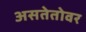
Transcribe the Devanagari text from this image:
असतेतोवर